Annual report on the working of the lock hospitals in the Central Provinces
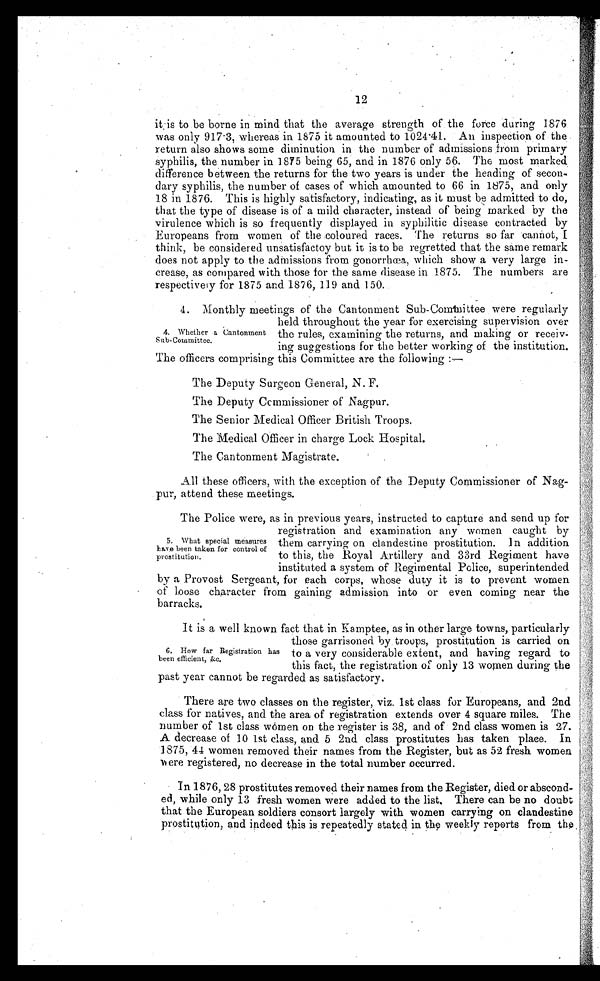
12
it is to be borne in mind that the average strength of the force during 1876
wa s o n l y 9 1 7 . 3 , wh e r e a s i n 1 8 7 5 i t a mo u n t e d t o 1 0 2 4 . 4 1 . An i n s p e c t i o n o f t h e
return also shows some diminution in the number of admissions from primary
syphilis, the number in 1875 being 65, and in 1876 only 56. The most marke
difference between the returns for the two years is under the heading of secon-
dary syphilis, the number of cases of which amounted to 66 in 1875, and only
18 in 1876. This is highly satisfactory, indicating, as it must be admitted to do,
that the type of disease is of a mild character, instead of being marked by the
virulence which is so frequently displayed in syphilitic disease contracted by
Europeans from women of the coloured races. The returns so far cannot, I
think, be considered unsatisfactoy but it is to be regretted that the same remark
does not apply to the admissions from gonorrhœa, which show a very large in-
crease, as compared with those for the same disease in 1875. The numbers are
respectively for 1875 and 1876, 11.9 and 150.
4. Monthly meetings of the Cantonment Sub-Committee were regularly
held throughout the year for exercising supervision over
the rules, examining the returns, and making or receiv
ing suggestions for the better working of the institution.
The officers comprising this Committee are the following :—
The Deputy Surgeon General, N. F.
The Deputy Ccmmissioner of Nagpur.
The Senior Medical Officer British Troops.
The Medical Officer in charge Lock Hospital.
The Cantonment Magistrate.
All these officers, with the exception of the Deputy Commissioner of Nag-
pur, attend these meetings.
The Police were, as in previous years, instructed to capture and send up for
registration and examination any women caught by
them carrying on clandestine prostitution. In addition
to this, the Royal Artillery and 33rd Regiment have
instituted a system of Regimental Police, superintended
by a Provost Sergeant, for each corps, whose duty it is to prevent women
of loose character from gaining admission into or even coming near the
barracks.
It is a well known fact that in Kamptee, as in other large towns, particularly
those garrisoned by troops, prostitution is carried on
to a very considerable extent, and having regard to
this fact, the registration of only 13 women during the
past year cannot be regarded as satisfactory.
There are two classes on the register, viz. 1st class for Europeans, and 2nd
class for natives, and the area of registration extends over 4 square miles. The
number of 1st class women on the register is 38, and of 2nd class women is 27.
A decrease of 10 1st class, and 5 2nd class prostitutes has taken place. In
1875,44 women removed their names from the Register, but as 52 fresh women
were registered, no decrease in the total number occurred.
In 1876, 28 prostitutes removed their names from the Register, died or abscond-
ed, while only 13 fresh women were added to the list. There can be no doubt
that the European soldiers consort largely with women carrying on clandestine
prostitution, and indeed this is repeatedly stated in the weekly reports from the.
4. Whether a Cantonment
Sub-Committee.
5. What special measures
have been taken for control of
prostitution.
6. How far Registration has
been efficient, &.c.